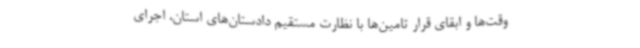
وقت‌ها و ابقای قرار تامین‌ها با نظارت مستقیم دادستان‌های استان، اجرای